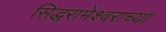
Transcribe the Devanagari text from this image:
सिद्धरामेश्वराच्या